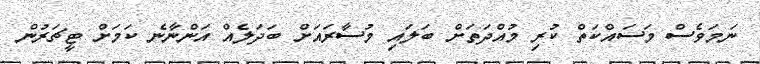
ނަމަވެސް މަސައްކަތް ކުރި މުއްދަތަށް ބަލައި މުސާރައަށް ބަދަލެއް އަންނާނެ ކަމަށް ޓީޗަރުން